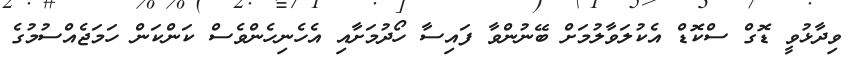
ވިދާޅުވީ ޑޮގް ސްކޮޑް އެކުލަވާލުމަށް ބޭނުންވާ ފައިސާ ހޯދުމަށާއި އެހެނިހެންވެސް ކަންކަން ހަމަޖެއްސުމުގެ